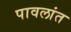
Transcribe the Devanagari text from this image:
पावलांत